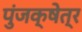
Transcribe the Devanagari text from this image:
पुंजक्षेत्र